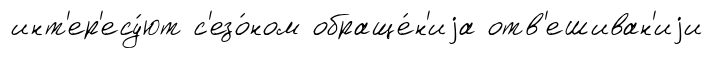
инт'ер'есу́ют с'езо́ном обраще́н'иjа отв'ешиван'иjи